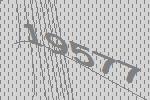
19577